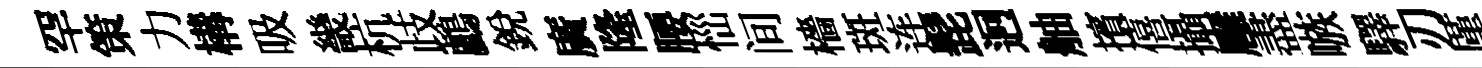
罕策力構吸畿杭歧鸕銳廣隆腰𢙉间檣斑连髭迥舳擯僖攝廱盡嗾驛刃厪